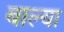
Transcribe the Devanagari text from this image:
बाल्या